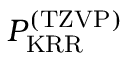
P _ { \mathrm { K R R } } ^ { \mathrm { ( T Z V P ) } }